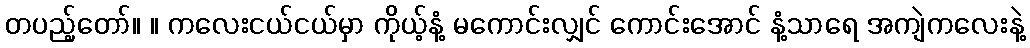
တပည့်တော်။ ။ ကလေးငယ်ငယ်မှာ ကိုယ့်နံ့ မကောင်းလျှင် ကောင်းအောင် နံ့သာရေ အကျဲကလေးနဲ့